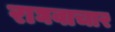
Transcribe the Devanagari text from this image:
राघवाचार